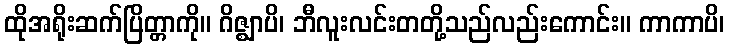
ထိုအရိုးဆက်ပြိတ္တာကို။ ဂိဇ္ဈာပိ၊ ဘီလူးလင်းတတို့သည်လည်းကောင်း။ ကာကာပိ၊